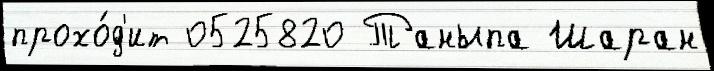
прохо́д'ит 0525820 Таныпа Шаран